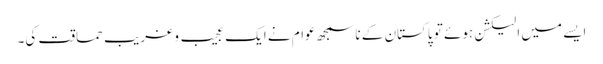
ایسے میں الیکشن ہوئے تو پاکستان کے ناسمجھ عوام نے ایک عجیب و غریب حماقت کی۔